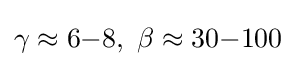
\gamma \approx 6{-}8,\ \beta \approx 30{-}100